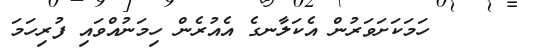
٩٤     ހަމަކަށަވަރުން އެކަލާނގެ އެއުރެން ހިމަނުއްވައި ފުރިހަމަ